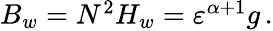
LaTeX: \begin{array}{r}{B_{w}=N^{2}H_{w}={\varepsilon}^{\alpha+1}g\, .}\end{array}